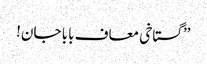
’’گستاخی معاف بابا جان!